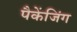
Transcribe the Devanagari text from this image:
पैकेंजिंग